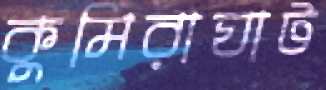
কুমিরাঘাট